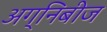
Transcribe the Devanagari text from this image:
अग्निबीज